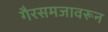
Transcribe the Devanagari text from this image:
गैरसमजावरून